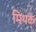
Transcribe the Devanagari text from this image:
मिथक्